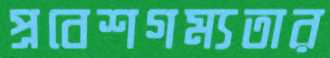
প্রবেশগম্যতার